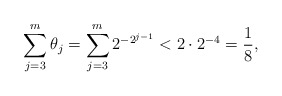
\begin{align*}\sum_{j=3}^m \theta_j = \sum_{j=3}^m 2^{-2^{j-1}} < 2 \cdot 2^{-4} = \frac{1}{8},\end{align*}